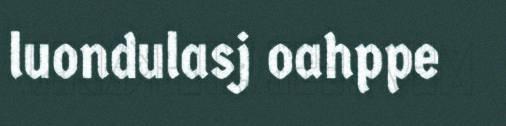
luondulasj oahppe